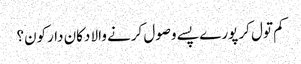
کم تول کر پورے پسے وصول کرنے والا دکان دارکون؟